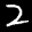
Label: 2